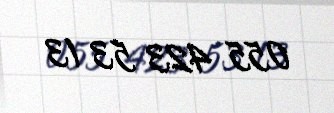
055 423 53 13